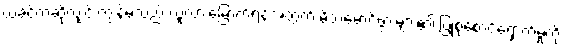
ယခင်ကဆိုလျှင် ကျွန်မသည် လူလားမြောက်ရန်အတွက် မိဘမောင်ဖွားများ၏ ပြုစုစောင့်ရှောက်မှုကို